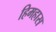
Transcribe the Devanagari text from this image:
हिमहास